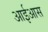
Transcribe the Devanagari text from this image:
आईआस